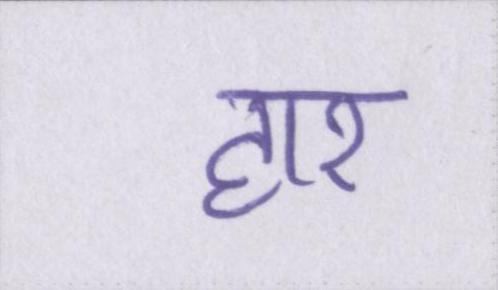
हार